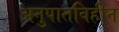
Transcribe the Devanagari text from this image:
अनुपातविहीन